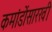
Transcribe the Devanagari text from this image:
कमांडोंसारखी